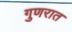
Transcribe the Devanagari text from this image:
गुणरात